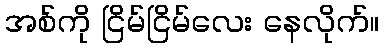
အစ်ကို ငြိမ်ငြိမ်လေး နေလိုက်။